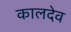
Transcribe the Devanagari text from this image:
कालदेव